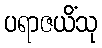
ပရာဇယိံသု